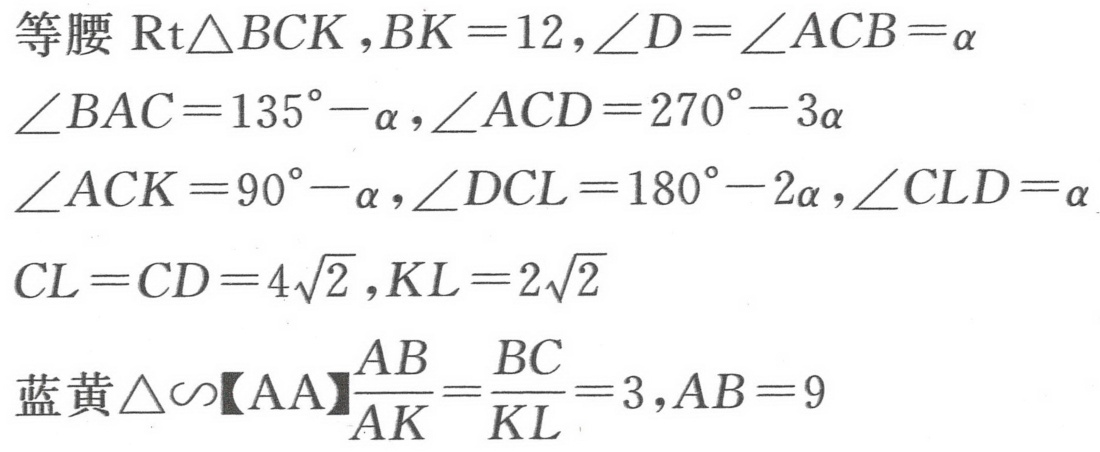
等腰$\mathrm{Rt}\triangle BCK，BK = 12，\angle D=\angle ACB=\alpha$
$\angle BAC = 135^{\circ}-\alpha，\angle ACD = 270^{\circ}-3\alpha$
$\angle ACK = 90^{\circ}-\alpha，\angle DCL = 180^{\circ}-2\alpha，\angle CLD=\alpha$
$CL = CD = 4\sqrt{2}，KL = 2\sqrt{2}$
蓝黄$\triangle\sim$【AA】$\dfrac{AB}{AK}=\dfrac{BC}{KL}=3，AB = 9$